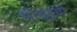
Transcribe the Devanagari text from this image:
सीध्इयों